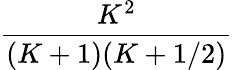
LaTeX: \frac{K^{2}}{(K+1)(K+1/2)}